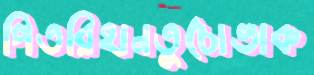
পিতরিহানতুচোভাক